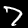
Digit: 7